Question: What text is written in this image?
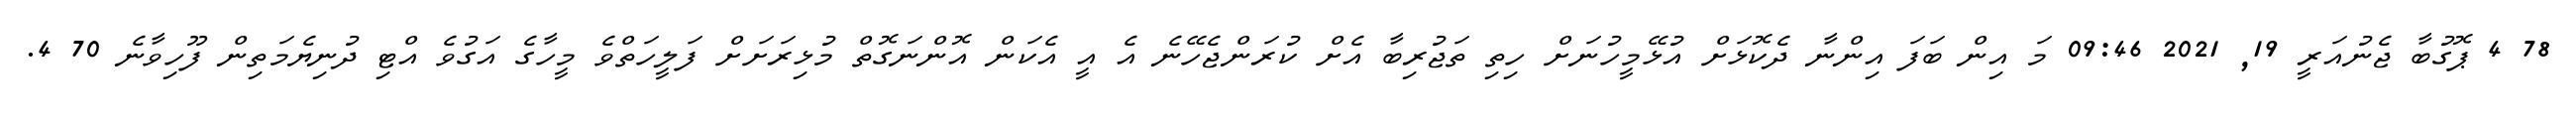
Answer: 78 4 ޕޮގުބާ ޖެނުއަރީ 19, 2021 09:46 މަ އިން ބަފަ އިންނާ ދެކޮޅަށް އުޅޭމީހުނަށް ހިތި ތަޖުރިބާ އެށް ކުރަންޖެހޭނެ އެ އީ އެކަން އޮންނަގޮތް މުޅިރަށަށް ފަލީހަތްވެ މީހާގެ އަގުވެ އްޓި ދުނިޔެމަތިން ފޫހިވާނެ 70 4.